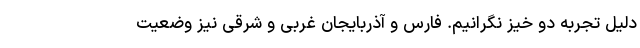
دلیل تجربه دو خیز نگرانیم. فارس و آذربایجان غربی و شرقی نیز وضعیت